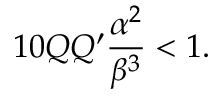
1 0 { \cal Q } { \cal Q ^ { \prime } } \frac { \alpha ^ { 2 } } { \beta ^ { 3 } } < 1 .